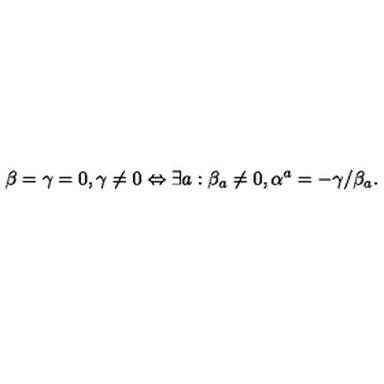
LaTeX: \beta = \gamma = 0 , \gamma \neq 0 \Leftrightarrow \exists a : \beta _ { a } \neq 0 , \alpha ^ { a } = - \gamma / \beta _ { a } .